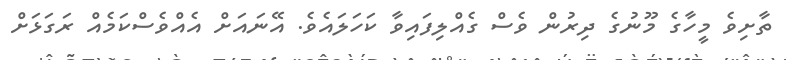
ތާށިވެ މީހާގެ މޫނުގެ ދިރުން ވެސް ގެއްލިފައިވާ ކަހަލައެވެ. އޭނައަށް އެއްވެސްކަމެއް ރަގަޅަށް